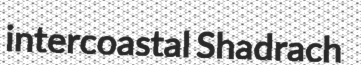
intercoastal Shadrach